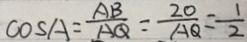
\cos A = \frac { A B } { A Q } = \frac { 2 0 } { A Q } = \frac { 1 } { 2 }